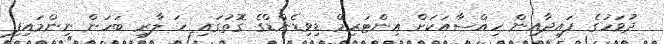
ދުވަހުގެ ފައިދާއިން ހިއްސާއަކަށް އިންޓަރިމް ޑިވިޑެންޑްގެ ގޮތުގައި ހަ ލާރި ބަހަން ނިންމައިފި